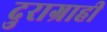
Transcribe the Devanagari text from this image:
दुराग्राही